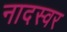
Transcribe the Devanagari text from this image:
नादस्वर